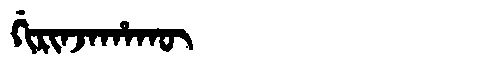
Manchu: ᡤᡳᡵᡳᠨᠵᠠᡥᠠᡴᡡ
Romanization: GIRINJAHAKŪ